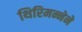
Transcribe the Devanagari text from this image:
थिरिमन्नेने